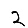
Digit: 2